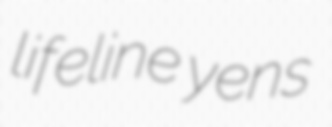
lifeline yens